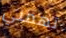
تهمني